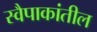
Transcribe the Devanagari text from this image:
स्वैपाकांतील